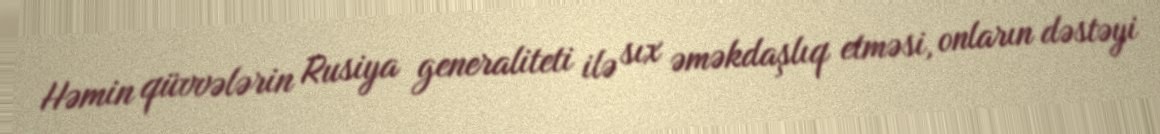
Həmin qüvvələrin Rusiya generaliteti ilə sıx əməkdaşlıq etməsi, onların dəstəyi